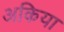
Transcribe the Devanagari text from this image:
अकिया